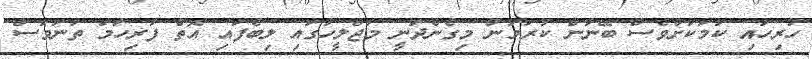
ހުރިހައި ކަމަކަށްވެސް ބޭނުން ކުރަމުން މިގެންދަނީ މަޖްލީހުގައި ލިބެފައި އޮތް ފުރިހަމަ ތަނަވަސް